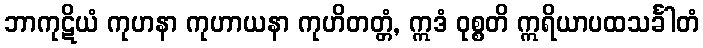
ဘာကုဋိယံ ကုဟနာ ကုဟာယနာ ကုဟိတတ္တံ, ဣဒံ ဝုစ္စတိ ဣရိယာပထသင်္ခါတံ